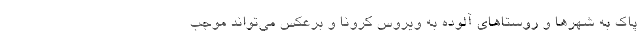
پاک به شهرها و روستاهای آلوده به ویروس کرونا و برعکس می‌تواند موجب